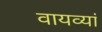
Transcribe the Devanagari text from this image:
वायव्यां